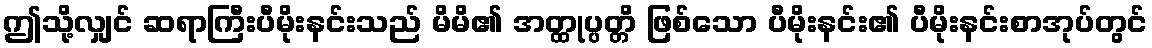
ဤသို့လျှင် ဆရာကြီးပီမိုးနင်းသည် မိမိ၏ အတ္ထုပ္ပတ္တိ ဖြစ်သော ပီမိုးနင်း၏ ပီမိုးနင်းစာအုပ်တွင်